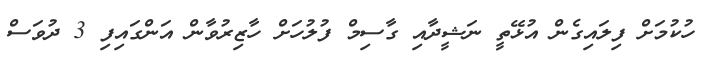
ހުކުމަށް ފިލައިގެން އުޅޭތީ ނަޝީދާއި ގާސިމް ފުލުހަށް ހާޒިރުވާން އަންގައިފި 3 ދުވަސް